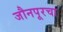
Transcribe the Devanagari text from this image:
जौनपूरचा